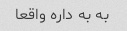
به به داره واقعا